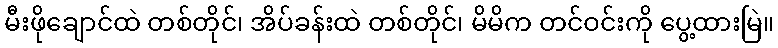
မီးဖိုချောင်ထဲ တစ်တိုင်၊ အိပ်ခန်းထဲ တစ်တိုင်၊ မိမိက တင်ဝင်းကို ပွေ့ထားမြဲ။